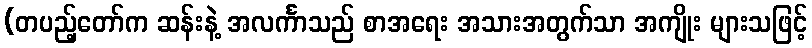
(တပည့်တော်က ဆန်းနဲ့ အလင်္ကာသည် စာအရေး အသားအတွက်သာ အကျိုး များသဖြင့်